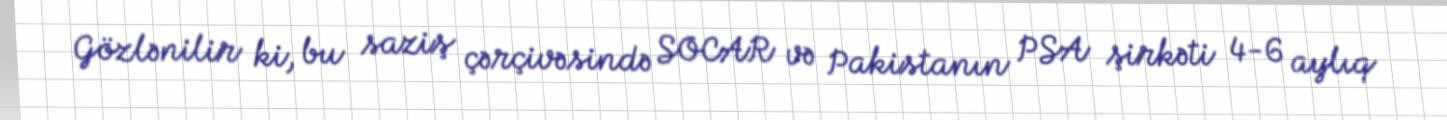
Gözlənilir ki, bu saziş çərçivəsində SOCAR və Pakistanın PSA şirkəti 4-6 aylıq